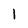
Character: 1